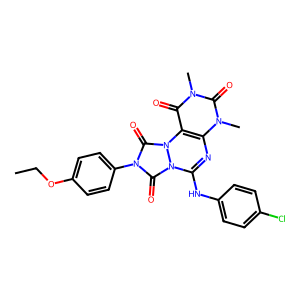
SMILES: CCOc1ccc(-n2c(=O)n3c(Nc4ccc(Cl)cc4)nc4c(c(=O)n(C)c(=O)n4C)n3c2=O)cc1
Inhibits HIV replication: No